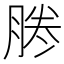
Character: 𠗲